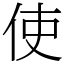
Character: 使